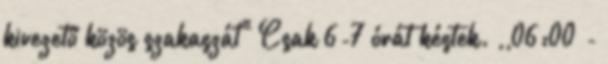
kivezető közös szakaszát" Csak 6-7 órát késtek. ,,06:00 -